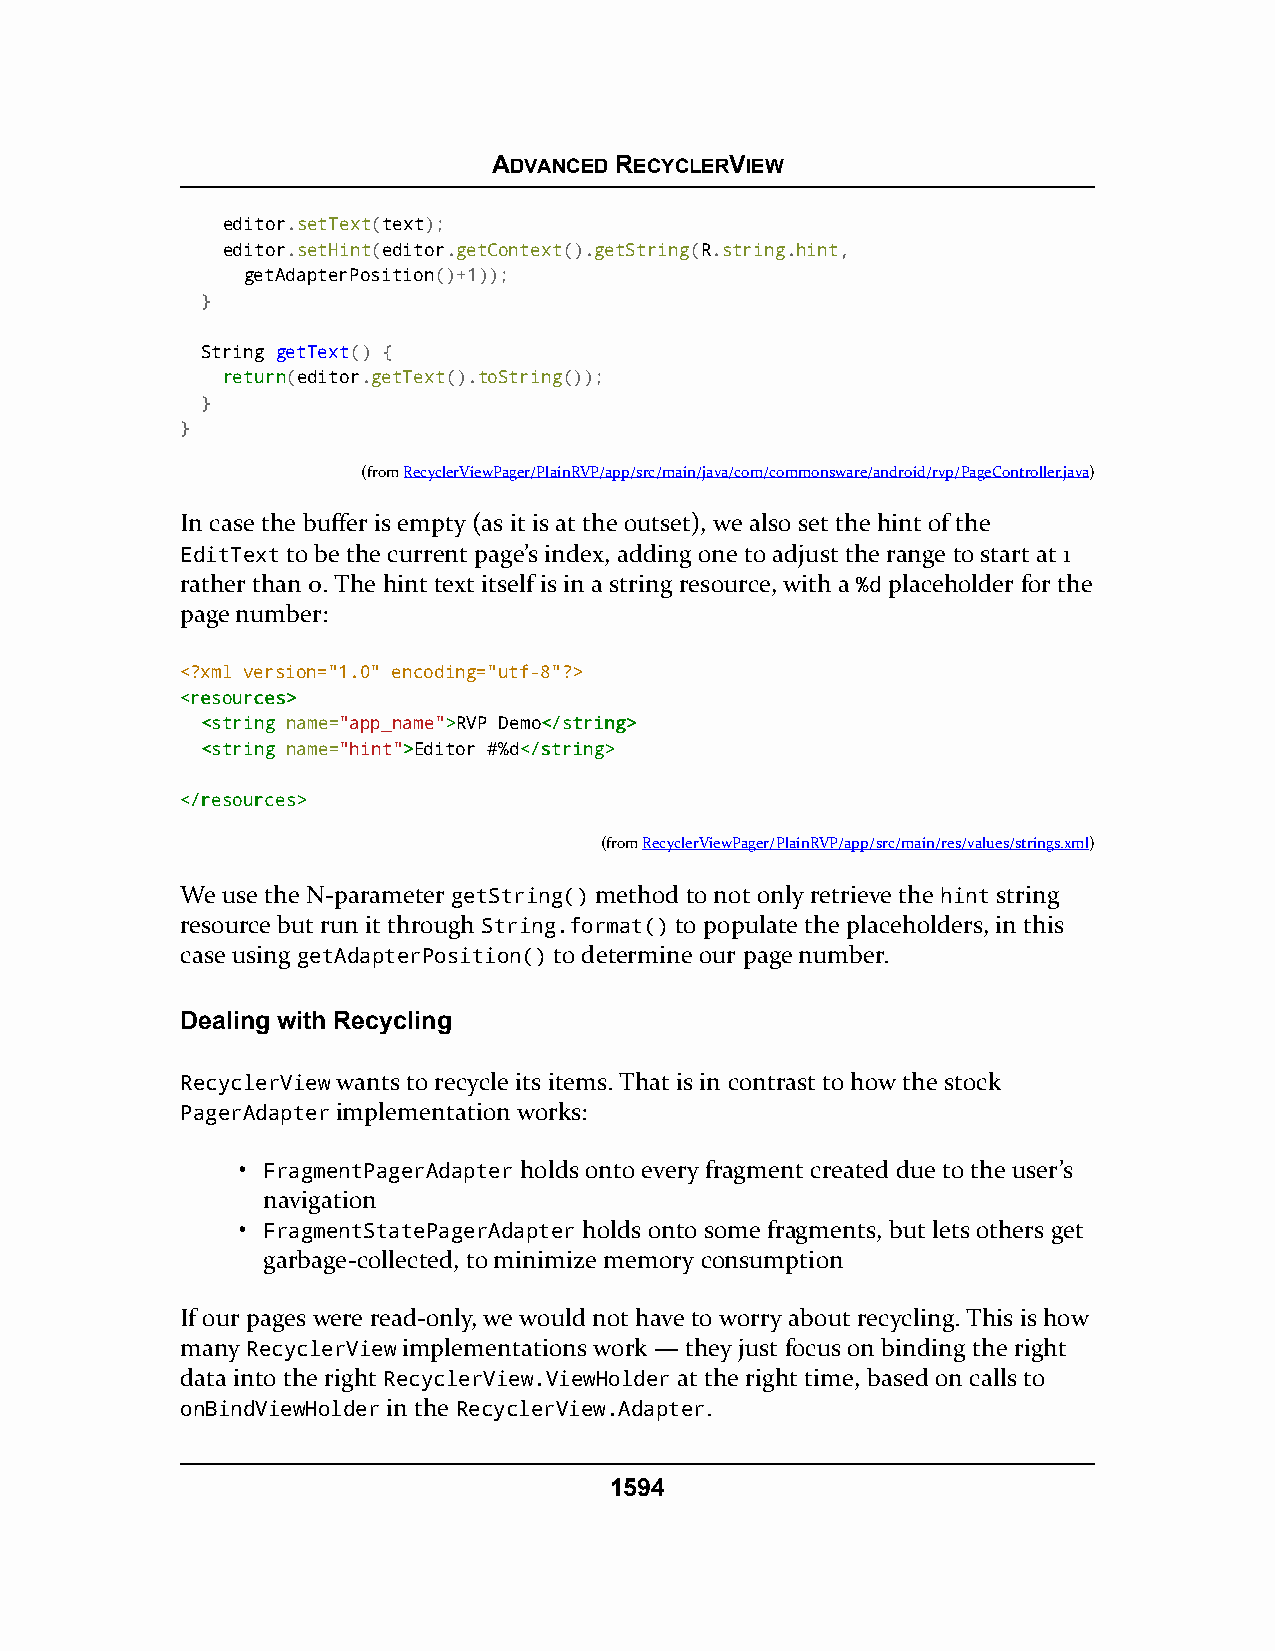
ADVANCED RECYCLERVIEW
 editor.setText(text);
 editor.setHint(editor.getContext().getString(R.string.hint,
 getAdapterPosition()+1));
 }
 String getText() {
 rreettuurrnn(editor.getText().toString());
 }
 }
 (fromRecyclerViewPager/PlainRVP/app/src/main/java/com/commonsware/android/rvp/PageController.java)
 In case the buffer is empty (as it is at the outset), we also set the hint of the
 EditText to be the current page’s index, adding one to adjust the range to start at 1
 rather than 0. The hint text itself is in a string resource, with a %d placeholder for the
 page number:
 <?xml version="1.0" encoding="utf-8"?>
 <<rreessoouurrcceess>>
 <<ssttrriinngg name="app_name">>RVP Demo<<//ssttrriinngg>>
 <<ssttrriinngg name="hint">>Editor #%d<<//ssttrriinngg>>
 <<//rreessoouurrcceess>>
 (fromRecyclerViewPager/PlainRVP/app/src/main/res/values/strings.xml)
 We use the N-parameter getString() method to not only retrieve the hint string
 resource but run it through String.format() to populate the placeholders, in this
 case using getAdapterPosition() to determine our page number.
 Dealing with Recycling
 RecyclerView wants to recycle its items. That is in contrast to how the stock
 PagerAdapter implementation works:
 • FragmentPagerAdapter holds onto every fragment created due to the user’s
 navigation
 • FragmentStatePagerAdapter holds onto some fragments, but lets others get
 garbage-collected, to minimize memory consumption
 If our pages were read-only, we would not have to worry about recycling. This is how
 many RecyclerView implementations work — they just focus on binding the right
 data into the right RecyclerView.ViewHolder at the right time, based on calls to
 onBindViewHolder in the RecyclerView.Adapter.
 1594